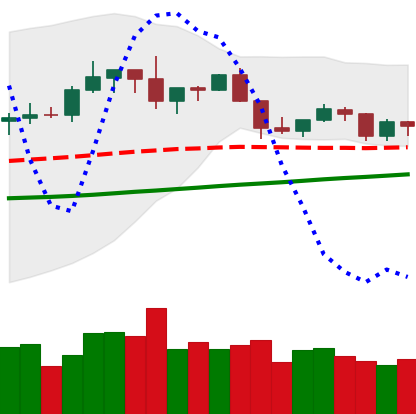
Ticker: XLM-USD
Chart end date: 2019-06-11
Forward return: 5.69%
Label: up_5_7